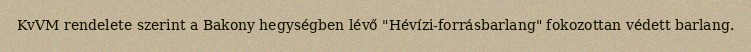
KvVM rendelete szerint a Bakony hegységben lévő "Hévízi-forrásbarlang" fokozottan védett barlang.